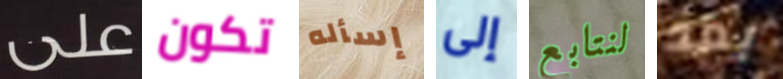
على تكون إسأله إلى لنتابع بعد